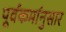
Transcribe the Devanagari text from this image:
पूर्वकर्मानुसार